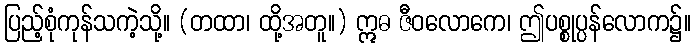
ပြည့်စုံကုန်သကဲ့သို့။ (တထာ၊ ထို့အတူ။) ဣဓ ဇီဝလောကေ၊ ဤပစ္စုပ္ပန်လောက၌။